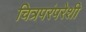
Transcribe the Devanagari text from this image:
चित्रपरंपरेशी